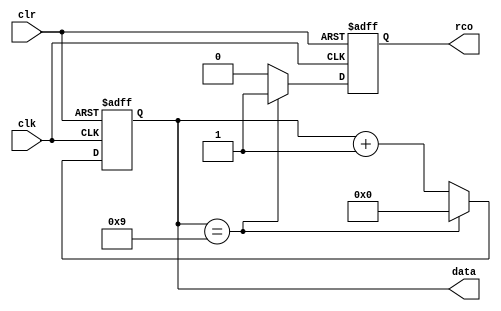
/*
    243130292812
    clk
            clr
*/

//10-40-9
module counter10 (
    input clk,
    input clr,
    output reg[3:0] data,
    output reg rco
);
always @(posedge clk, posedge clr) begin
    if(clr)
        begin
            data <= 0;
            rco <= 0;
        end
    else if(data == 4'b1001)
        begin
            data <= 0;
            rco <= 1;
        end
    else
        begin
            data <= data + 1;
            rco <= 0;
        end
end
endmodule

//6-30-5
module counter6 (
    input clk,
    input clr,
    output reg[2:0] data,
    output reg rco
);
always @(posedge clk, posedge clr) begin
    if(clr)
        begin
            data <= 0;
            rco <= 0;
        end
    else if(data == 3'b101)
        begin
            data <= 0;
            rco <= 1;
        end
    else
        begin
            data <= data + 1;
            rco <= 0;
        end
end
endmodule

//4-20-3
module counter4(
    input clk,
    input clr,
    output reg[1:0] data,
    output reg rco
);
always @(posedge clk, posedge clr) begin
    if(clr)
        begin
            data <= 0;
            rco <= 0;
        end
    else if(data == 2'b11)
        begin
            data <= 0;
            rco <= 1;
        end
    else
        begin
            data <= data + 1;
            rco <= 0;
        end
end
endmodule


//416
module MUX4_16 (
    input wire[3:0] a,
    output reg[15:0] b
);
always@(*)  begin
    case(a)
    4'd0 : b <= 16'b0000_0000_0000_0001;
    4'd1 : b <= 16'b0000_0000_0000_0010;
    4'd2 : b <= 16'b0000_0000_0000_0100;
    4'd3 : b <= 16'b0000_0000_0000_1000;
    4'd4 : b <= 16'b0000_0000_0001_0000;
    4'd5 : b <= 16'b0000_0000_0010_0000;
    4'd6 : b <= 16'b0000_0000_0100_0000;
    4'd7 : b <= 16'b0000_0000_1000_0000;
    4'd8 : b <= 16'b0000_0001_0000_0000;
    4'd9 : b <= 16'b0000_0010_0000_0000;
    4'd10 : b <= 16'b0000_0100_0000_0000;
    4'd11 : b <= 16'b0000_1000_0000_0000;
    4'd12 : b <= 16'b0001_0000_0000_0000;
    4'd13 : b <= 16'b0010_0000_0000_0000;
    4'd14 : b <= 16'b0100_0000_0000_0000;
    4'd15 : b <= 16'b1000_0000_0000_0000;
    endcase
end
    
endmodule
//BCD
//_4
//2^13=11192
module BCDtoBIN (
    input wire[15:0] a,
    output reg[12:0] b
);
    always @(*) begin
        b <= a[3:0] + a[7:4]*10 + a[11:8]*100 + a[15:12]*1000;
    end
endmodule